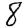
Digit: 8